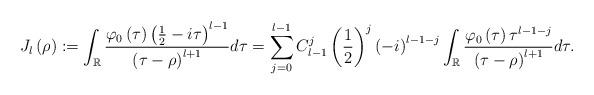
LaTeX: \begin{align*}J_{l}\left( \rho\right) :=\int_{\mathbb{R}}\frac{\varphi_{0}\left(\tau\right) \left( \frac{1}{2}-i\tau\right) ^{l-1}}{\left( \tau-\rho\right) ^{l+1}}d\tau =\sum_{j=0}^{l-1}C_{l-1}^{j}\left( \frac{1}{2}\right) ^{j}\left(-i\right) ^{l-1-j}\int_{\mathbb{R}}\frac{\varphi_{0}\left( \tau\right)\tau^{l-1-j}}{\left( \tau-\rho\right) ^{l+1}}d\tau.\end{align*}